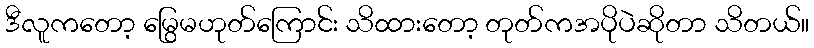
ဒီလူကတော့ မြွေမဟုတ်ကြောင်း သိထားတော့ တုတ်ကအပိုပဲဆိုတာ သိတယ်။